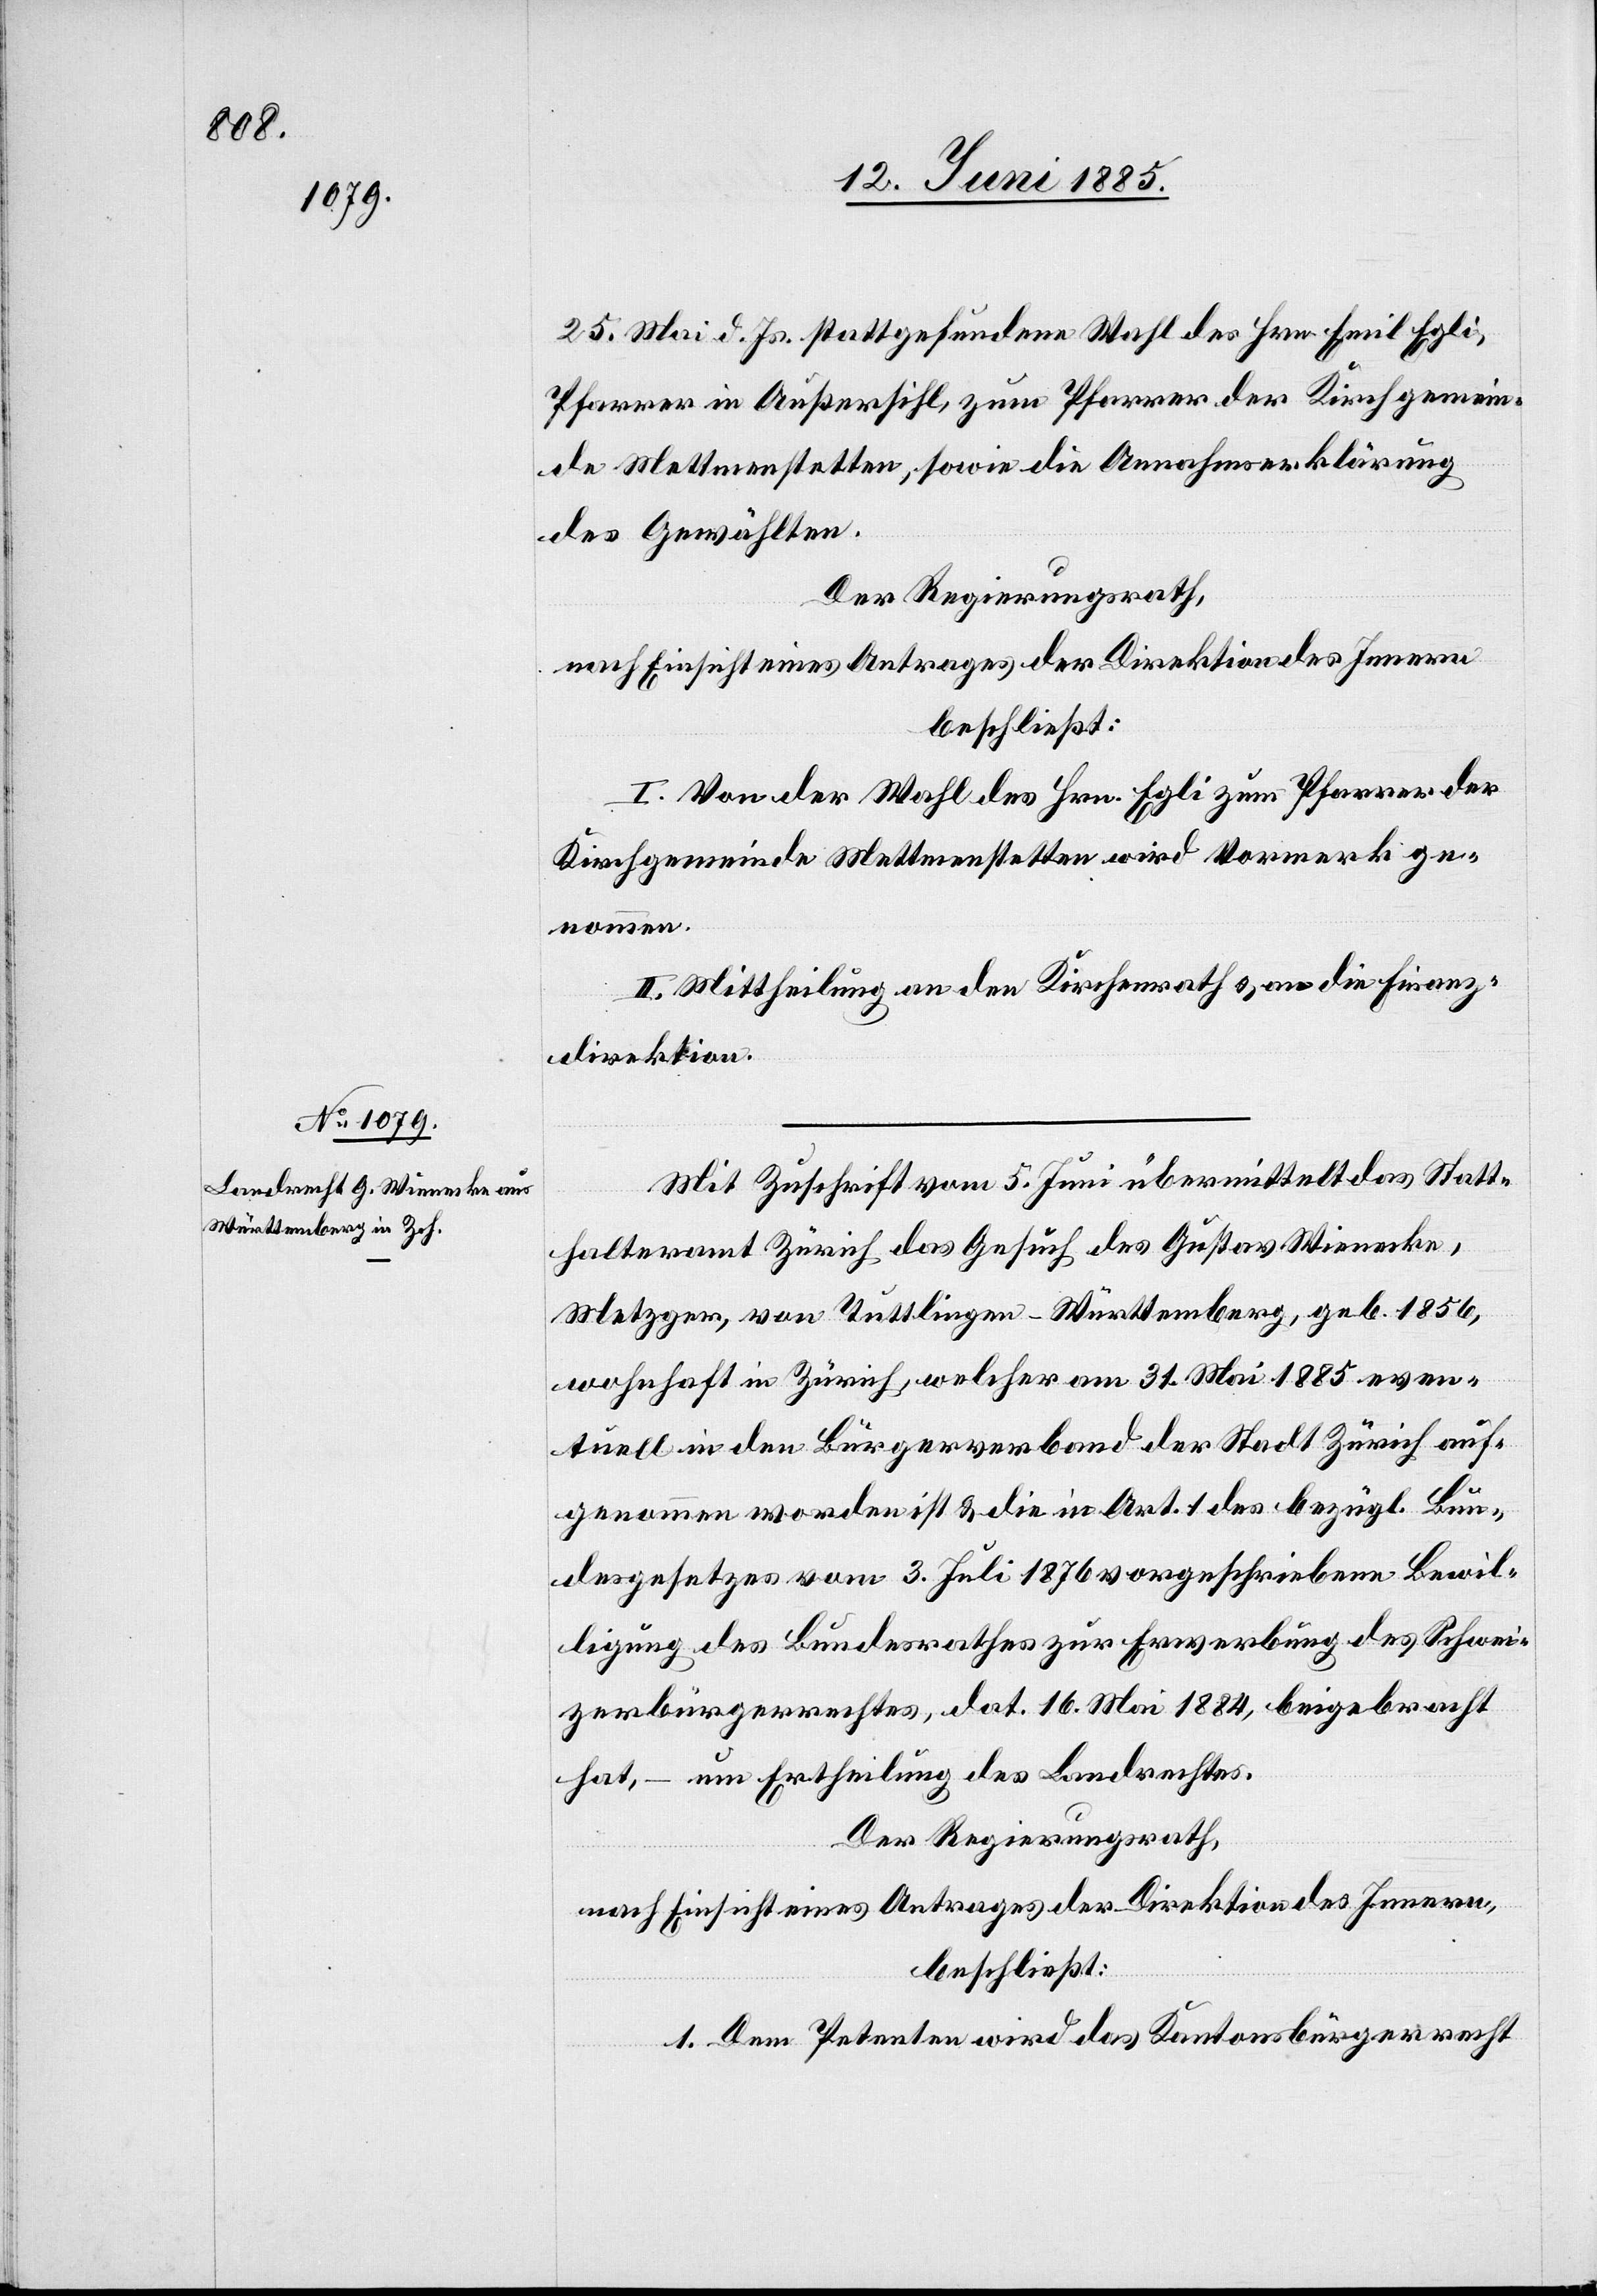
25. Mai d. Js. stattgefundene Wahl des Hrn. Emil Egli,
Pfarrer in Außersihl, zum Pfarrer der Kirchgemein¬
de Mettmenstetten, sowie die Annahmserklärung
des Gewählten.
Der Regierungsrath,
nach Einsicht eines Antrages der Direktion des Innern
beschließt:
I. Von der Wahl des Hrn. Egli zum Pfarrer der
Kirchgemeinde Mettmenstetten wird Vormerk ge¬
nommen.
II. Mittheilung an den Kirchenrath & an die Finanz¬
direktion.
Mit Zuschrift vom 5. Juni übermittelt das Statt¬
halteramt Zürich das Gesuch des Gustav Wienecke,
Metzger, von Tuttlingen - Württemberg, geb. 1856,
wohnhaft in Zürich, welcher am 31. Mai 1885 even¬
tuell in den Bürgerverband der Stadt Zürich auf¬
genommen worden ist & die in Art. 1 des bezügl. Bun¬
desgesetzes vom 3. Juli 1876 vorgeschriebene Bewil¬
ligung des Bundesrathes zur Erwerbung des Schwei¬
zerbürgerrechtes, dat. 16. Mai 1884, beigebracht
hat, – um Ertheilung des Landrechtes.
Der Regierungsrath,
nach Einsicht eines Antrages der Direktion des Innern,
beschließt:
1. Dem Petenten wird das Kantonsbürgerrecht